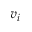
v _ { i }